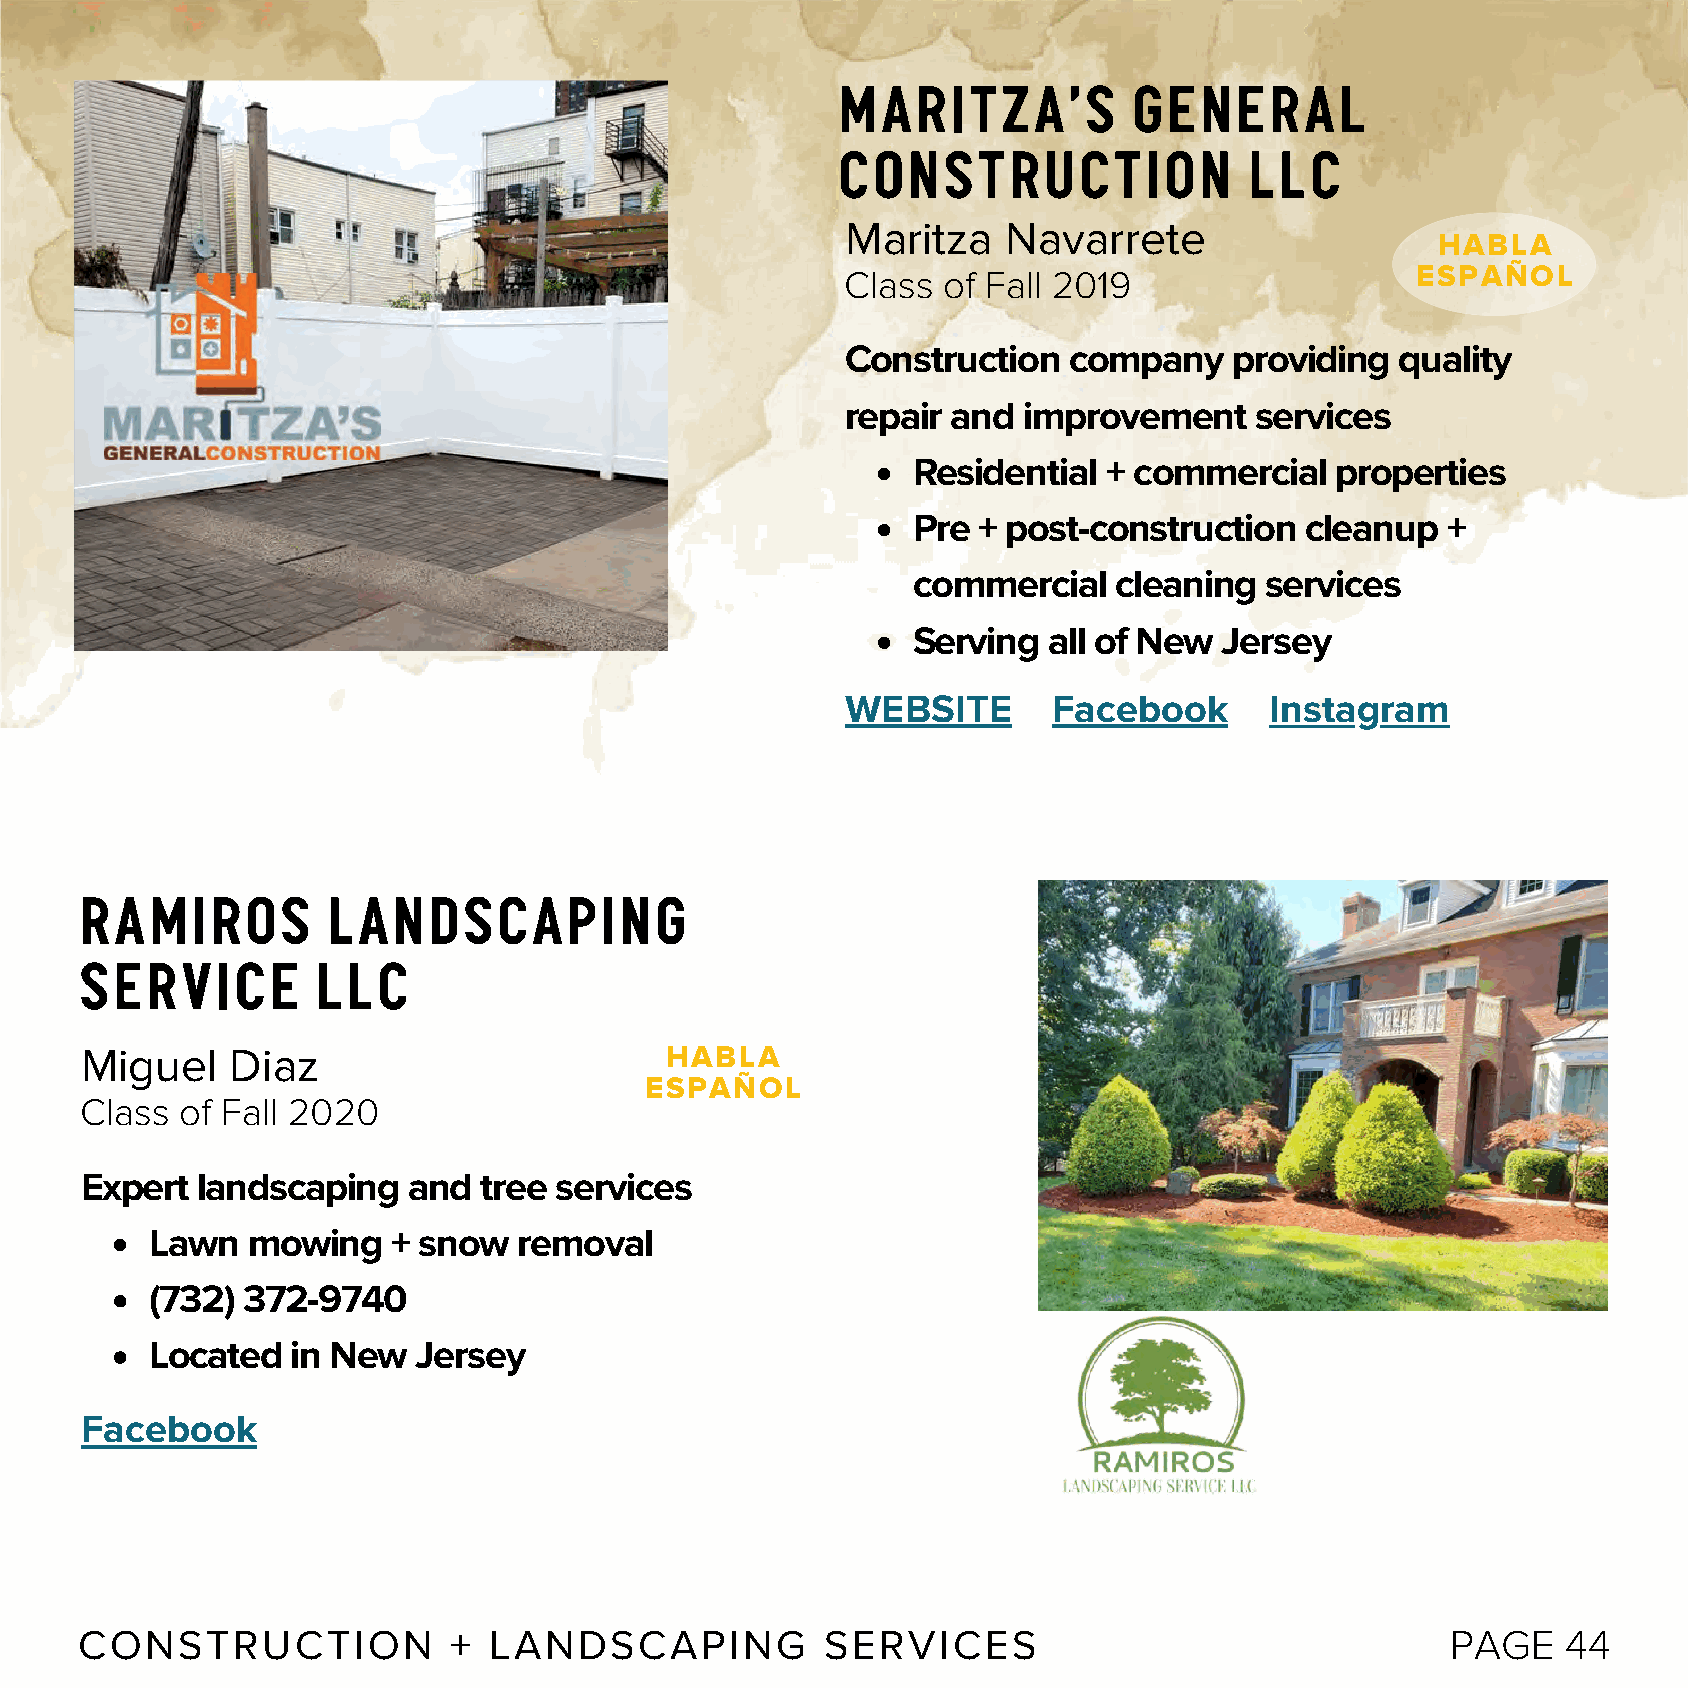
Maritza’s          General
 Construction               LLC
 Maritza    Navarrete
 HABLA
 Class of Fall 2019                    ESPAÑOL
 Construction   company    providing  quality
 repair and  improvement    services
 Residential  + commercial   properties
 Pre  + post-construction  cleanup   +
 commercial    cleaning  services
 Serving  all of New  Jersey
 WEBSITE       Facebook      Instagram
 Ramiros          Landscaping
 Service         llc
 Miguel    Diaz                         HABLA
 ESPAÑOL
 Class  of Fall 2020
 Expert  landscaping   and  tree services
 Lawn  mowing    + snow  removal
 (732) 372-9740
 Located  in New   Jersey
 Facebook
 CONSTRUCTION             + LANDSCAPING            SERVICES                                 PAGE    44